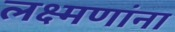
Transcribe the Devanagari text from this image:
लक्ष्मणांना